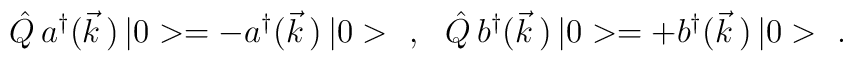
\hat{Q}\,a^\dagger(\vec{k}\,)\,|0>=-a^\dagger(\vec{k}\,)\,|0>\ \ ,\ \ \hat{Q}\,b^\dagger(\vec{k}\,)\,|0>=+b^\dagger(\vec{k}\,)\,|0>\ .